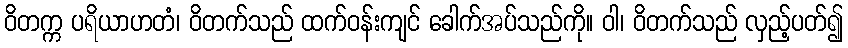
ဝိတက္က ပရိယာဟတံ၊ ဝိတက်သည် ထက်ဝန်းကျင် ခေါက်အပ်သည်ကို။ ဝါ၊ ဝိတက်သည် လှည့်ပတ်၍